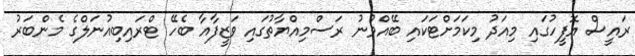
ރައީސް އޮފީހުގައި މިއަދު މިކަމަށްޓަކައި ބޭއްވުނު ރަސްމިއްޔާތުގައި ވަޒީފާއާ ބެހޭ ޓްރައިބިއުނަލްގެ މެންބަރު